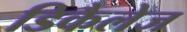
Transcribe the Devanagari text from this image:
डिकैलेज